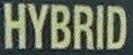
HYBRID